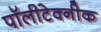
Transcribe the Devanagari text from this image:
पॉलीटेक्नीक